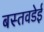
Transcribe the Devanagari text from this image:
बस्तवडेई